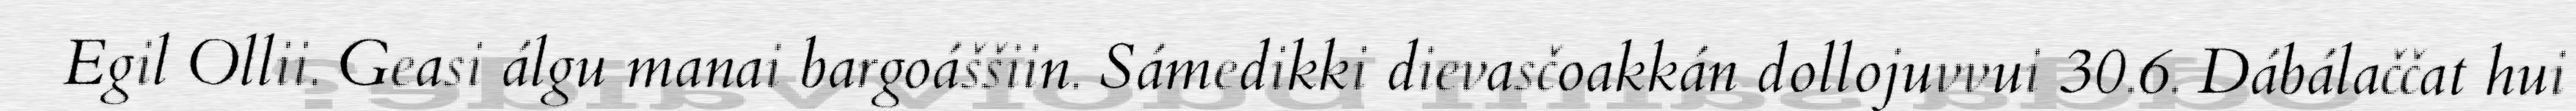
Egil Ollii. Geasi álgu manai bargoáššiin. Sámedikki dievasčoakkán dollojuvvui 30.6. Dábálaččat hui